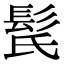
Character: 𩬁